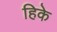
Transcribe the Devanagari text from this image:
हिके